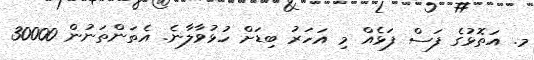
މ. އަތޮޅުގެ ފަސް ފަޅެއް މި އަހަރު ބިޑަށް ހުޅުވާލާނެ. އެތަންތަނުން 30000